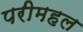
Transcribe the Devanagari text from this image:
परीमहल